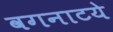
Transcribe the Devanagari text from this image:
वगनाटये